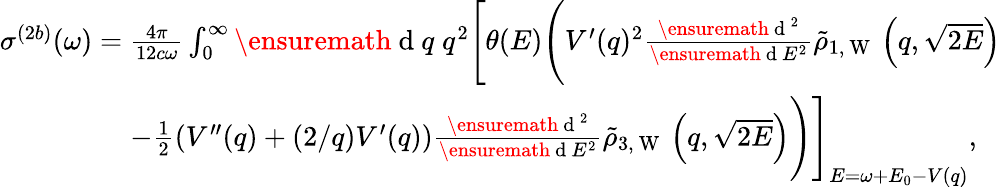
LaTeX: \begin{array}{r}{\sigma^{(2b)}(\omega)=\frac{4\pi}{12c\omega}\int_{0}^{\infty}\ensuremath{\mathrm{~d~}}q\; q^{2}\Biggl[\theta(E)\Biggl(V^{\prime}(q)^{2}\frac{\ensuremath{\mathrm{~d~}}^{2}}{\ensuremath{\mathrm{~d~}}E^{2}}\tilde{\rho}_{1,\mathrm{~W~}}\left(q,\sqrt{2E}\right)}\\ {-\frac{1}{2}\left(V^{\prime\prime}(q)+(2/q)V^{\prime}(q)\right)\frac{\ensuremath{\mathrm{~d~}}^{2}}{\ensuremath{\mathrm{~d~}}E^{2}}\tilde{\rho}_{3,\mathrm{~W~}}\left(q,\sqrt{2E}\right)\Biggl)\Biggl]_{E=\omega+E_{0}-V(q)},\; \; \; }\end{array}